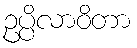
ဥပ္ပိလာဝိတာ